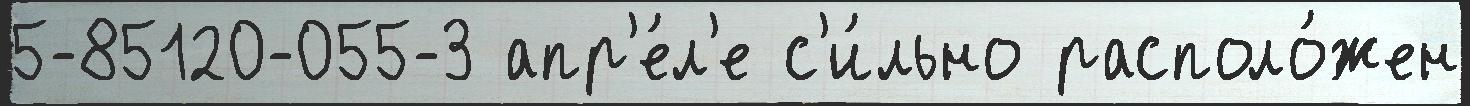
5-85120-055-3 апр'е́л'е с'и́льно располо́жен